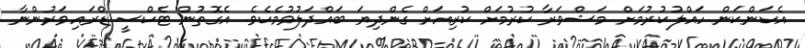
އެކަންކަން ހައްލުކުރުމަށް މަޝްވަރާ ކުރުމަށް ކުރިއަށް ގެންދިޔަ ބައްދަލުވުމެކެވެ. އެގޮތުން ޓެކްސީ ޑްރައިވަރުންނާ